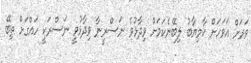
ވަރަށް އަވަހަށް ކާމިޔާބު ލިބޭނެކަމަށް ވިދާޅުވެ ނަސްރީނާ ވިދާޅުވީ ނަސްރަކީ ހައްގަށް ތިބޭ